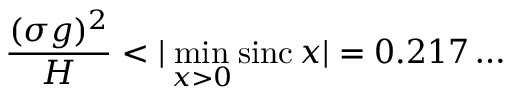
\frac { ( \sigma g ) ^ { 2 } } { H } < | \operatorname* { m i n } _ { x > 0 } \operatorname { s i n c } x | = 0 . 2 1 7 \dots